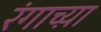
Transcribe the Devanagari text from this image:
रंगाच्य़ा